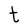
Character: t